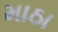
માઠા